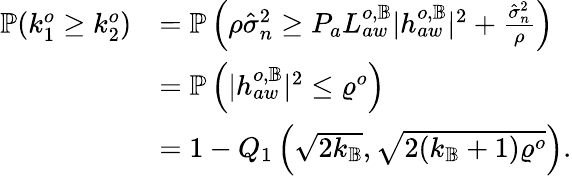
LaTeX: \begin{array}{rl}{\mathbb{P}(k_{1}^{o}\geq k_{2}^{o})}&{=\mathbb{P}\left(\rho\hat{\sigma}_{n}^{2}\geq P_{a}L_{aw}^{o,\mathbb{B}}|{h}_{aw}^{o,\mathbb{B}}|^{2}+\frac{\hat{\sigma}_{n}^{2}}{\rho}\right)}\\ &{=\mathbb{P}\left(|{h}_{aw}^{o,\mathbb{B}}|^{2}\leq\varrho^{o}\right)}\\ &{=1-Q_{1}\left(\sqrt{2k_{\mathbb{B}}},\sqrt{2(k_{\mathbb{B}}+1)\varrho^{o}}\right).}\end{array}